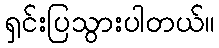
ရှင်းပြသွားပါတယ်။